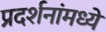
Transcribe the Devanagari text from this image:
प्रदर्शनांमध्ये